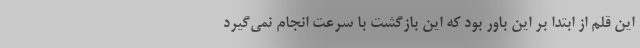
این قلم از ابتدا بر این باور بود که این بازگشت با سرعت انجام نمی‌گیرد